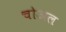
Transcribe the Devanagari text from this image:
चोअल